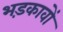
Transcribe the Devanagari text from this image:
भड़कावों